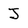
Character: j